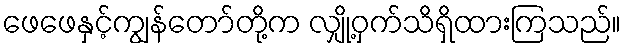
ဖေဖေနှင့်ကျွန်တော်တို့က လျှို့ဝှက်သိရှိထားကြသည်။